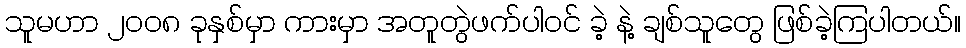
သူမဟာ ၂ဝဝ၈ ခုနှစ်မှာ ကားမှာ အတူတွဲဖက်ပါဝင် ခဲ့ နဲ့ ချစ်သူတွေ ဖြစ်ခဲ့ကြပါတယ်။